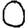
Digit: 0